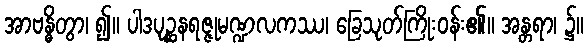
အာဗန္ဓိတွာ၊ ၍။ ပါဒပုဉ္ဆနရဇ္ဇုမဏ္ဍလကဿ၊ ခြေသုတ်ကြိုးဝန်း၏။ အန္တရာ၊ ၌။